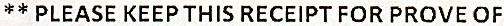
** PLEASE KEEP THIS RECEIPT FOR PROVE OF